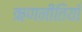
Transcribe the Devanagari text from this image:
ऋणनीतियाँ